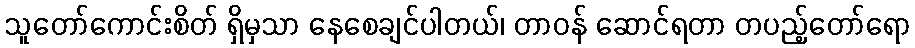
သူတော်ကောင်းစိတ် ရှိမှသာ နေစေချင်ပါတယ်၊ တာဝန် ဆောင်ရတာ တပည့်တော်ရော